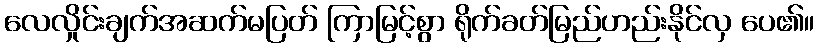
လေလှိုင်းချက်အဆက်မပြတ် ကြာမြင့်စွာ ရိုက်ခတ်မြည်ဟည်းနိုင်လှ ပေ၏။